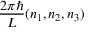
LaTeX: { \frac { 2 \pi \hbar } { L } } ( n _ { 1 } , n _ { 2 } , n _ { 3 } )